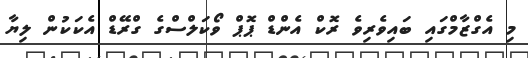
މި އެގްޒާމްގައި ބައިވެރިވެ ރޮކް އެންޑް ޕޮޕް ވޯކަލްސްގެ ގްރޭޑް އެކަކުން ލިޔާ